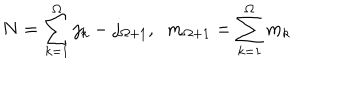
N = \sum _ { k = 1 } ^ { \Omega } j _ { k } - j _ { \Omega + 1 } , \; \; m _ { \Omega + 1 } = \sum _ { k = 1 } ^ { \Omega } m _ { k }